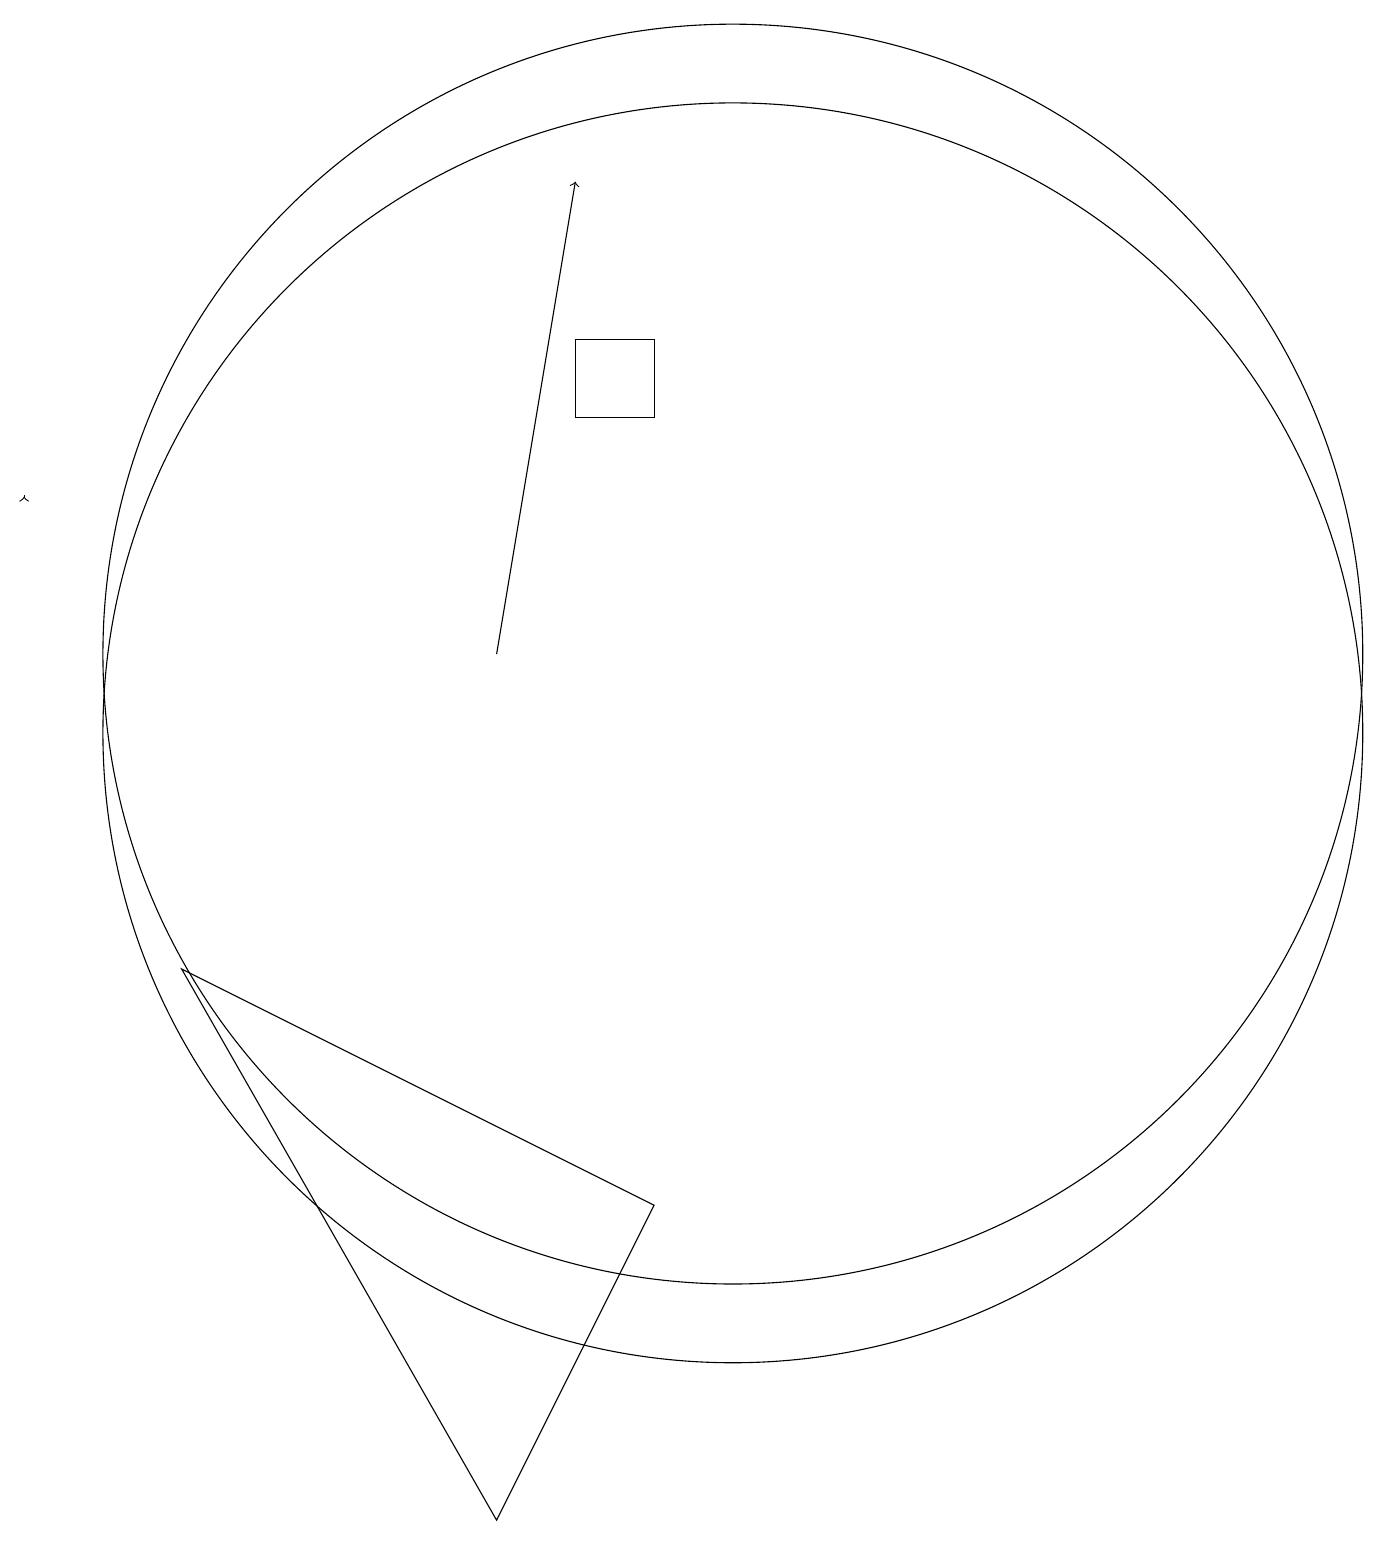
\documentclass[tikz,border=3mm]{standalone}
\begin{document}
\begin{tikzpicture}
\draw (10,11) circle (8);
\draw[->] (1,13) -- (1,13);
\draw[->] (7,11) -- (8,17);
\draw (9,4) -- (7,0) -- (3,7) -- cycle;
\draw (9,14) rectangle (8,15);
\draw (10,10) circle (8);
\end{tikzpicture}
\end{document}